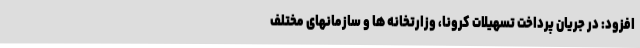
افزود: در جریان پرداخت تسهیلات کرونا، وزارتخانه ها و سازمانهای مختلف